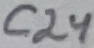
Text: C24